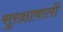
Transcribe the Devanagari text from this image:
सुरक्षाबालों